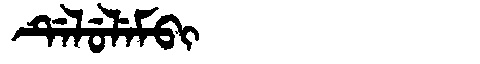
Manchu: ᡩᡝᠯᡠᠯᡝᠮᠪᡳ
Romanization: DELULEMBI